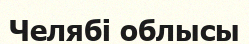
Челябі облысы